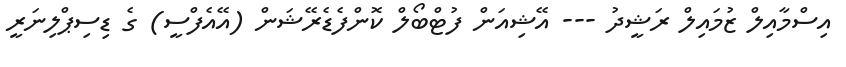
އިސްމާއިލް ޒުމައިލް ރަޝީދު --- އޭޝިއަން ފުޓްބޯލް ކޮންފެޑެރޭޝަން (އޭއެފްސީ) ގެ ޑިސިޕްލިނަރީ